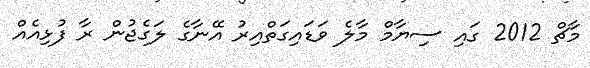
މާޗް 2012 ގައި ސިޔާމް މާލެ ވަޑައިގަތްއިރު އޭނާގެ ލަގެޖުން ރާ ފުޅިއެއް